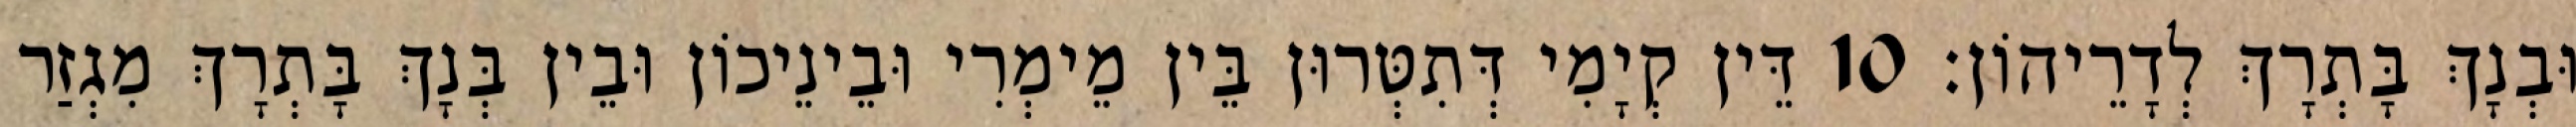
וּבְנָךְ בָּתְרָךְ לְדָרֵיהוֹן׃ 10 דֵּין קְיָמִי דְּתִטְּרוּן בֵּין מֵימְרִי וּבֵינֵיכוֹן וּבֵין בְּנָךְ בָּתְרָךְ מִגְזַר